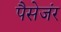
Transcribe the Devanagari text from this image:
पैसेजंर